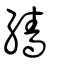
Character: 繬